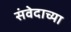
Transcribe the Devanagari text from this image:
संवेदाच्या